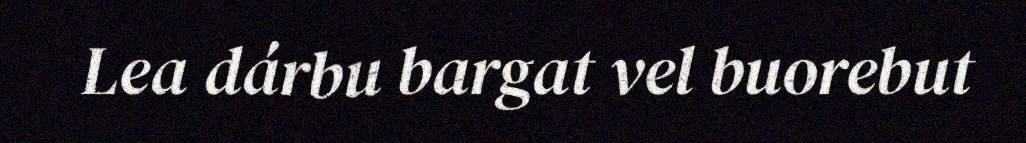
Lea dárbu bargat vel buorebut